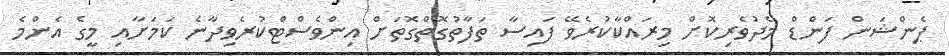
ޕެންޝަން ފަންޑް މެދުވެރިކޮށް މިރައްކާކުރެވޭ ފައިސާ ތަފާތުގޮތްގޮތަށް އިންވެސްޓްކުރެވިދާނެ ކަމަށާއި މީގެ އެންމެ